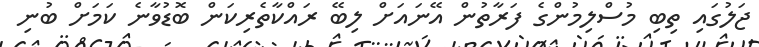
ޖަލުގައި ތިބި މުސްލިމުންގެ ފަރާތުން އޭނައަށް ލިބޭ ރައްކާތެރިކަން ބޮޑުވާނެ ކަމަށް ބުނި